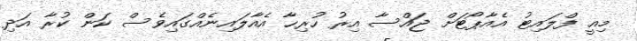
މިއީ ފްލައިޓު އެއާޕޯޓަށް ޖައްސާ އިރު ހުރިހާ އެއާލައިނެއްގައިވެސް ކަން ކުރާ އަދި